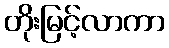
တိုးမြင့်လာကာ